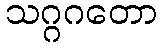
သဂ္ဂဂတော